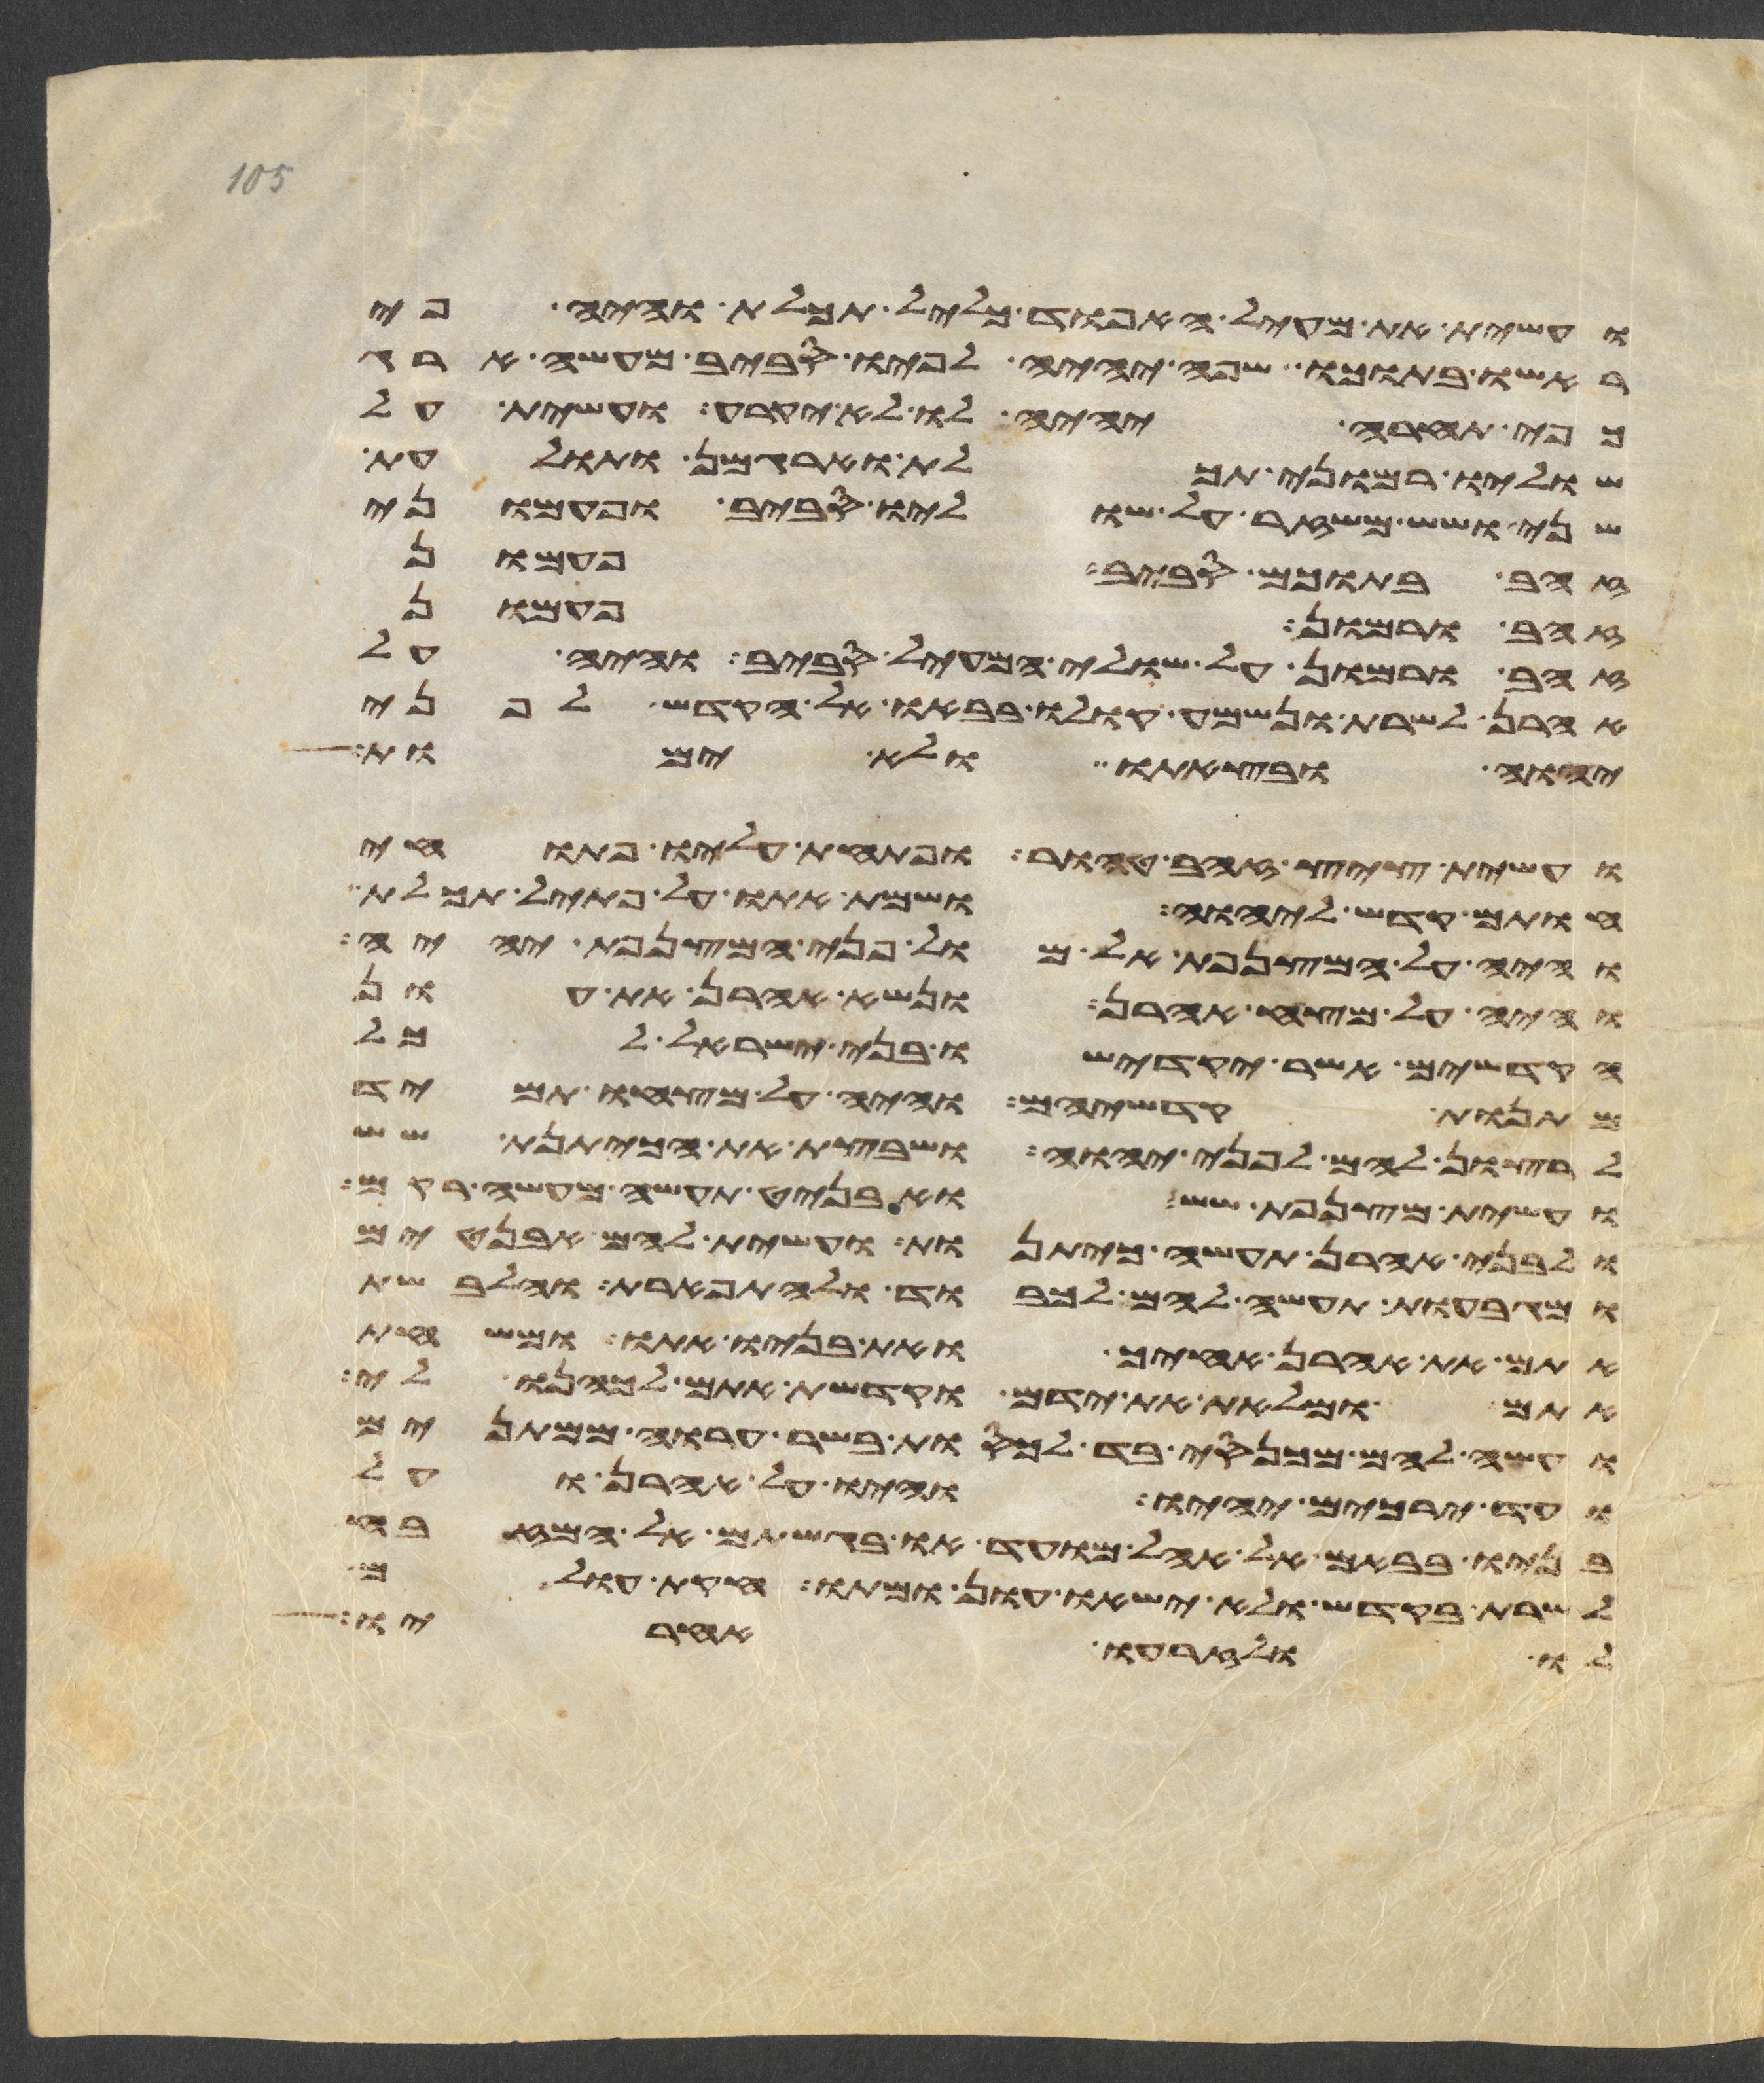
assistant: ועשית את מעיל האפוד כליל תכלת והיה פי
ראשו בתוכו שפה יהיה לפיו סביב מעשה ארג
כפי תחרא יהיה לו לא יקרע ועשית על
שוליו רמוני תכלת וארגמן ותולעת
שני ושש משזר על שוליו סביב ופעמוני
זהב בתוכם סביב פעמון
זהב ורמון פעמון
זהב ורמון על שולי המעיל סביב והיה על
אהרן לשרת ונשמע קולו בבאו אל הקדש לפני
יהוה ובצאתו ולא ימות
ועשית ציץ זהב טהור ופתחת עליו פתוחי
חותם קדש ליהוה ושמת אתו על פתיל תכלת
והיה על המצנפת אל מול פני המצנפת יהיה
והיה על מצח אהרן ונשא אהרן את עון
הקדשים אשר יקדישו בני ישראל לכל
מתנות קדשיהם והיה על מצחו תמיד
לרצון להם לפני יהוה ושבצת את הכיתנת שש
ועשית מצנפת שש ואבניט תעשה מעשה רקם
ולבני אהרן תעשה כיתנות ועשית להם אבניטים
ומגבעות תעשה להם לכבוד ולתפארת והלבשת
אתם את אהרן אחיך ואת בניו אתו ומשחת
אתם ומלאת את ידם וקדשת אתם וכהנו לי
ועשה להם מכנסי בד לכסות בשר ערוה ממתנים
ועד ירכים יהיו והיו על אהרן ועל
בניו בבאם אל אהל מועד או בגשתם אל המזבח
לשרת בקדש ולא ישאו עון ומתו חקות עולם
לו ולזרעו אחריו